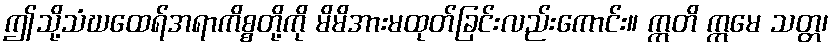
ဤသို့သံဃထေရ်အရာကိစ္စတို့ကို မိမိအားမထုတ်ခြင်းလည်းကောင်း။ ဣတိ ဣမေ သတ္တ၊